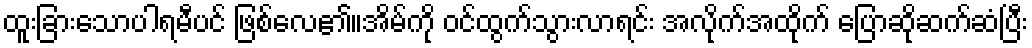
ထူးခြားသောပါရမီပင် ဖြစ်လေ၏။အိမ်ကို ဝင်ထွက်သွားလာရင်း အလိုက်အထိုက် ပြောဆိုဆက်ဆံပြီး